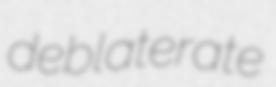
deblaterate